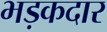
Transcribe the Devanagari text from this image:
भड़कदार